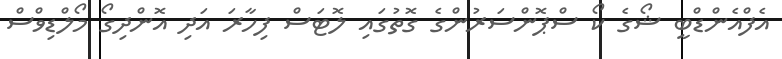
އެފްއެންޑްބީ ޝޯގެ ކޯ ސްޕޮންސަރުންގެ ގޮތުގައި ލޮޓަސް ފިހާރަ އަދި އޮންދިގޯ މޯލްޑިވްސް